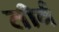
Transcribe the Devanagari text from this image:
तीर्व